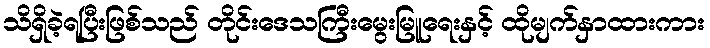
သိရှိခဲ့ရပြီးဖြစ်သည် တိုင်းဒေသကြီးမွေးမြူရေးနှင့် ထိုမျက်နှာထားကား